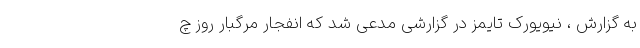
به گزارش ، نیویورک تایمز در گزارشی مدعی شد که انفجار مرگبار روز چ